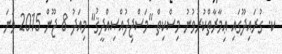
ކ. ގުރައިދޫގައި ޢިމާރާތްކުރުވުނު މިސްކިތް "މަސްޖިދުއްޞިއްދީޤު" މިއަދު 8 ޖޫން 2015 ވަނަ